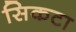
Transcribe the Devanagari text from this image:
सिकटा